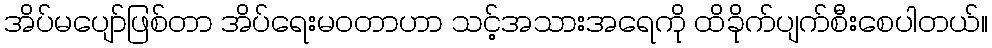
အိပ်မပျော်ဖြစ်တာ အိပ်ရေးမဝတာဟာ သင့်အသားအရေကို ထိခိုက်ပျက်စီးစေပါတယ်။